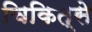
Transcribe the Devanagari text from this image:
चिकित्से